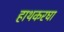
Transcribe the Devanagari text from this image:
हाथकरघा